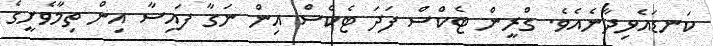
ކަނޑައެޅިދާނެއެވެ. ގްރީން ޓެކްސް ފަދަ ޓެކްސް އިން ނަގާ ފައިސާ އިން ތިމާވެށީގެ